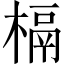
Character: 槅